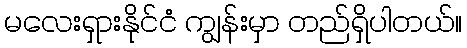
မလေးရှားနိုင်ငံ ကျွန်းမှာ တည်ရှိပါတယ်။